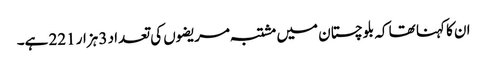
ان کا کہنا تھا کہ بلوچستان میں مشتبہ مریضوں کی تعداد 3 ہزار 221 ہے۔